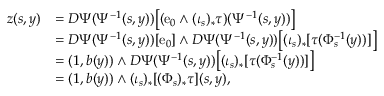
\begin{array} { r l } { z ( s , y ) } & { = D \Psi ( \Psi ^ { - 1 } ( s , y ) ) \bigl [ ( \mathrm { e } _ { 0 } \wedge ( \iota _ { s } ) _ { * } \tau ) ( \Psi ^ { - 1 } ( s , y ) ) \bigr ] } \\ & { = D \Psi ( \Psi ^ { - 1 } ( s , y ) ) [ \mathrm { e } _ { 0 } ] \wedge D \Psi ( \Psi ^ { - 1 } ( s , y ) ) \big [ ( \iota _ { s } ) _ { * } [ \tau ( \Phi _ { s } ^ { - 1 } ( y ) ) ] \big ] } \\ & { = ( 1 , b ( y ) ) \wedge D \Psi ( \Psi ^ { - 1 } ( s , y ) ) \big [ ( \iota _ { s } ) _ { * } [ \tau ( \Phi _ { s } ^ { - 1 } ( y ) ) ] \big ] } \\ & { = ( 1 , b ( y ) ) \wedge ( \iota _ { s } ) _ { * } [ ( \Phi _ { s } ) _ { * } \tau ] ( s , y ) , } \end{array}